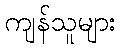
ကျန်သူများ